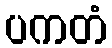
ပကတံ